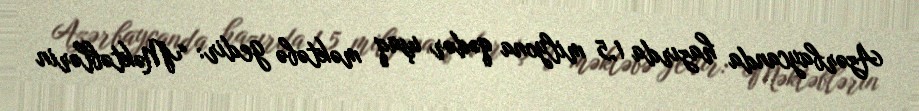
Azərbaycanda hazırda 1,5 milyona qədər uşaq məktəbə gedir: “Məktəblərin